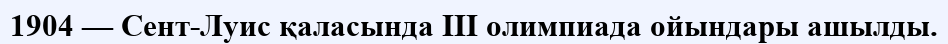
1904 — Сент-Луис қаласында III олимпиада ойындары ашылды.